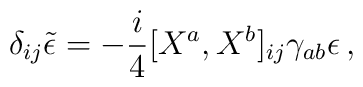
\delta_{ij}\tilde\epsilon =   - {i\over 4}\lbrack X^a,X^b\rbrack_{ij}\gamma_{ab}\epsilon \,,